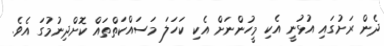
ދެން ރަށުގައި އުޅުނީ އެކި މީހުންނަށް އެކި ކަހަލަ މަސައްކަތްތައް ކޮށްދިނުމުގަ އެވެ.